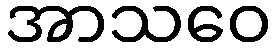
အာသဝေ